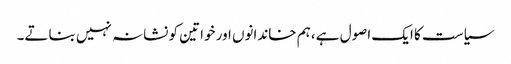
سیاست کا ایک اصول ہے، ہم خاندانوں اور خواتین کو نشانہ نہیں بناتے۔